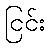
ငြင်း